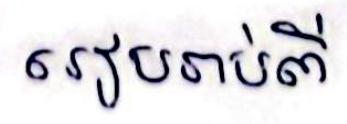
រៀបរាប់ពី